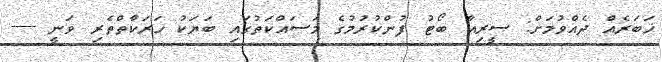
ޚަބަރެއް ދެއްވުމަށް: ސީރިއާ ބޯޓު ފުންކުރުމުގެ މަސައްކަތުގައި ބަޔަކު ހަރަކާތްތެރި ވަނީ ----